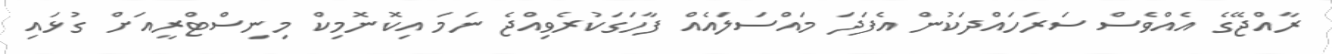
ރާއްޖޭގެ އެއްވެސް ސަރަހައްދަކުން އެފަދަ މައްސަލައެއް ފާހަގަކުރެވިއްޖެ ނަމަ އިކޮނޮމިކް މިނިސްޓްރީއަށް ގުޅައި